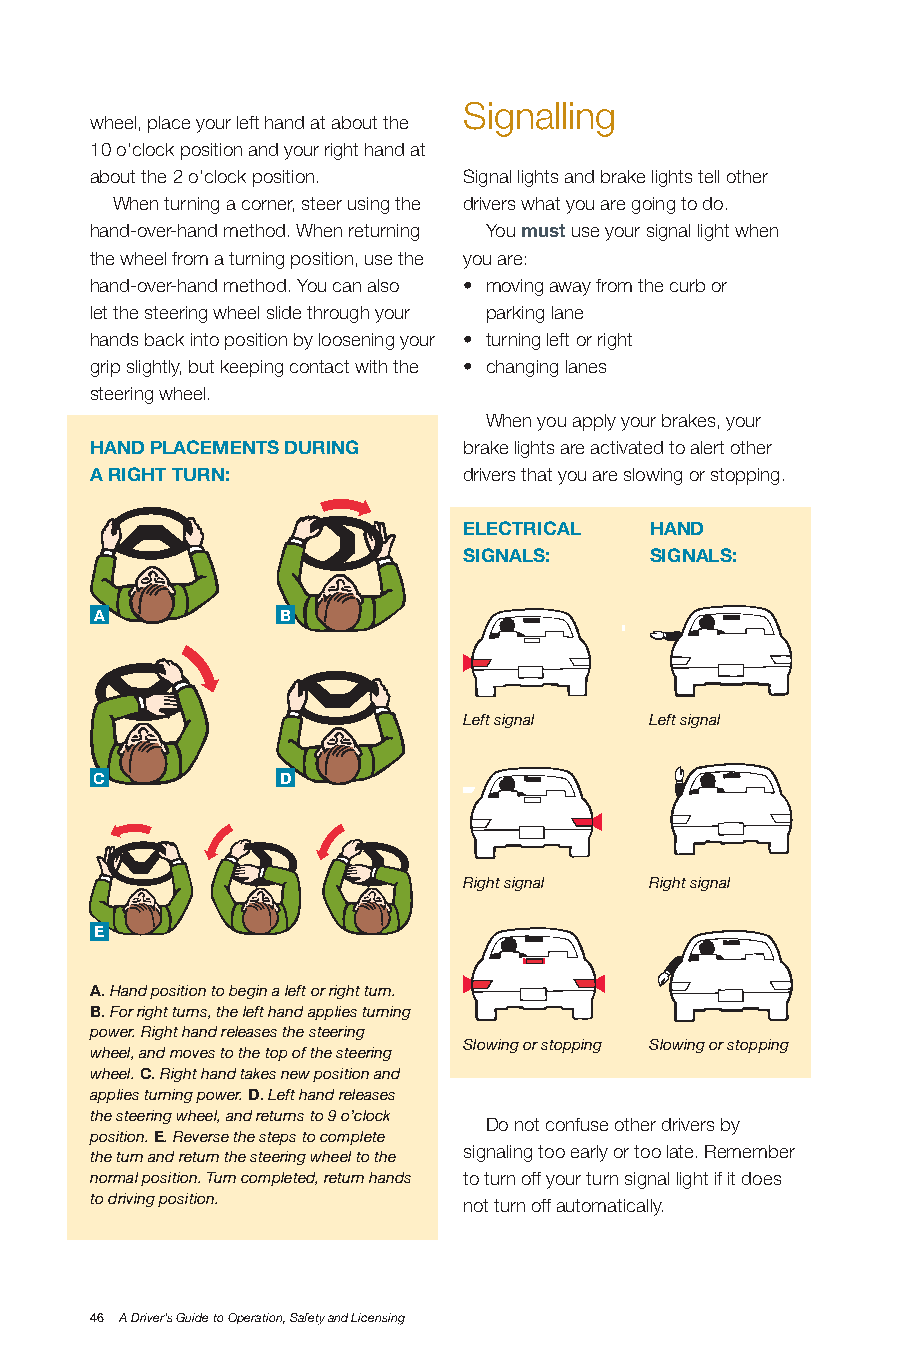
Signalling
 wheel, place your left hand at about the
 10 o’clock position and your right hand at
 about the 2 o’clock position. Signal lights and brake lights tell other
 When turning a corner, steer using the drivers what you are going to do.
 hand-over-hand method. When returning You must use your signal light when
 the wheel from a turning position, use the you are:
 hand-over-hand method. You can also • moving away from the curb or
 let the steering wheel slide through your parking lane
 hands back into position by loosening your • turning left or right
 grip slightly, but keeping contact with the • changing lanes
 steering wheel.
 When you apply your brakes, your
 HAnD pLACEmEnTS DURInG   brake lights are activated to alert other
 A RIGHT TURn:            drivers that you are slowing or stopping.
 ELECTRICAL  HAnD
 SIGnALS:    SIGnALS:
 A            b
 Left signal Left signal
 C            D
 Right signal Right signal
 E
 A. Hand position to begin a left or right turn.
 b. For right turns, the left hand applies turning
 power. Right hand releases the steering
 Slowing or stopping Slowing or stopping
 wheel, and moves to the top of the steering
 wheel. C. Right hand takes new position and
 applies turning power. D. Left hand releases
 the steering wheel, and returns to 9 o’clock
 Do not confuse other drivers by
 position. E. Reverse the steps to complete
 signaling too early or too late. Remember
 the turn and return the steering wheel to the
 normal position. Turn completed, return hands to turn off your turn signal light if it does
 to driving position.     not turn off automatically.
 46 A Driver’s Guide to Operation, Safety and Licensing